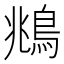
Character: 鴵